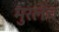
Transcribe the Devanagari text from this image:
मुरलेच